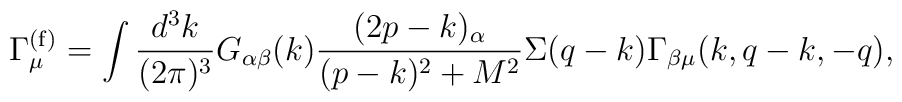
\Gamma_{\mu}^{(\rm f)}=\int {d^3k\over (2\pi)^3}G_{\alpha\beta}(k){(2p-k)_{\alpha}\over (p-k)^2+M^2}\Sigma(q-k)\Gamma_{\beta\mu}(k,q-k,-q),